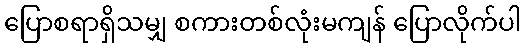
ပြောစရာရှိသမျှ စကားတစ်လုံးမကျန် ပြောလိုက်ပါ